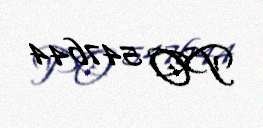
PO 547644